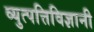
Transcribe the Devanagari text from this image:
व्युत्पत्तिविज्ञानी